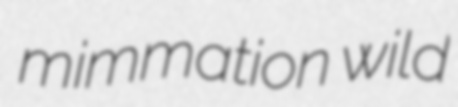
mimmation wild